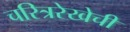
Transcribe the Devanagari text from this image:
चरित्ररेखेची